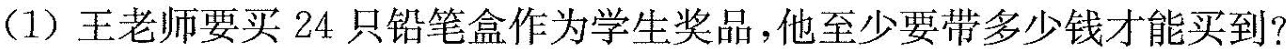
（1）王老师要买24只铅笔盒作为学生奖品，他至少要带多少钱才能买到？